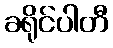
ခရိုင်ပါတီ